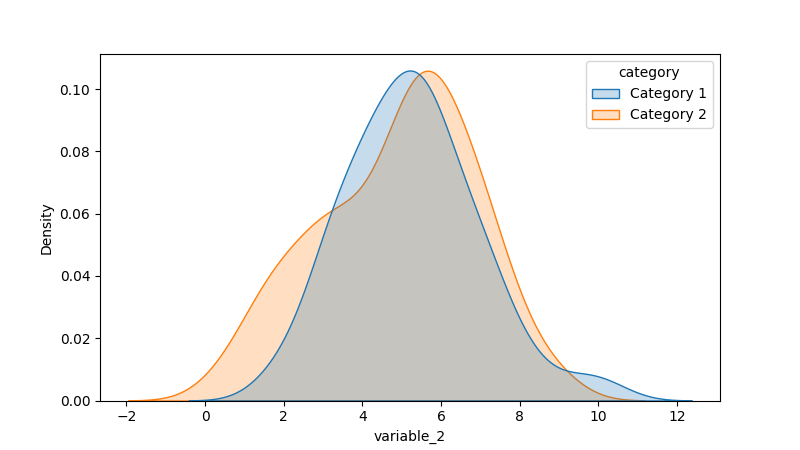
python, seaborn, kdeplot, hue='category', fill=True, bw_adjust=1.0